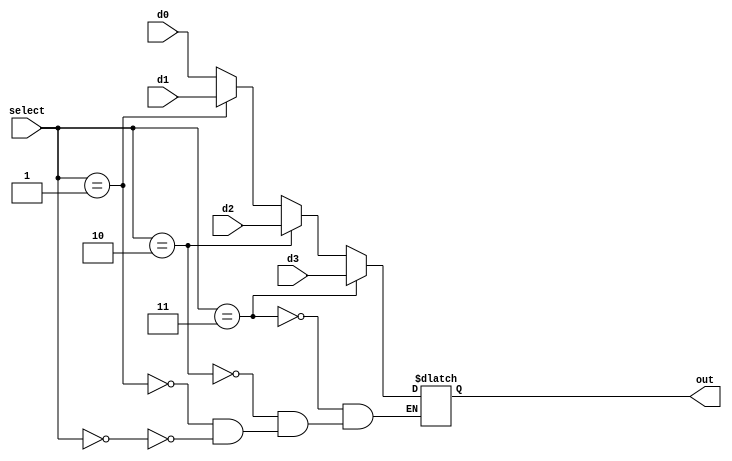
`timescale 1ns / 1ps
//////////////////////////////////////////////////////////////////////////////////
// Company: 
// Engineer: 
// 
// Design Name: 
// Module Name: mux
// Project Name: 
// Target Devices: 
// Tool Versions: 
// Description: 
// 
// Dependencies: 
// 
// Revision:
// Revision 0.01 - File Created
// Additional Comments:
// 
//////////////////////////////////////////////////////////////////////////////////


module mux(d0, d1, d2, d3, select, out);
    input [31:0] d0;
    input [31:0] d1;
    input [31:0] d2;
    input [31:0] d3;
    input [1:0] select;
    output reg [31:0] out;
    always@(d0, d1, d2, d3, select)
    begin
        if(select == 2'b00)
        begin
            out = d0;
        end
        if(select == 2'b01)
        begin
            out = d1;
        end
        if(select == 2'b10)
        begin
            out = d2;
        end
        if(select == 2'b11)
        begin
            out = d3;
        end
    end
endmodule